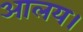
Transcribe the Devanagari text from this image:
आलय।